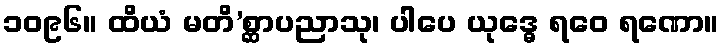
၁၀၉၆။ ထိယံ မတိ’စ္ဆာပညာသု၊ ပါပေ ယုဒ္ဓေ ရဝေ ရဏော။